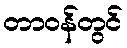
တာဝန်တွင်